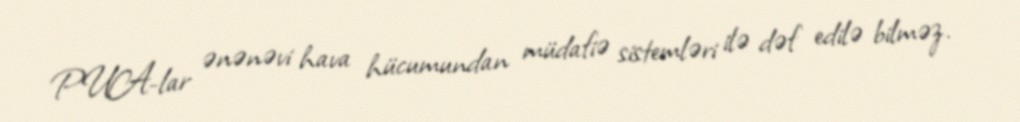
PUA-lar ənənəvi hava hücumundan müdafiə sistemləri ilə dəf edilə bilməz.